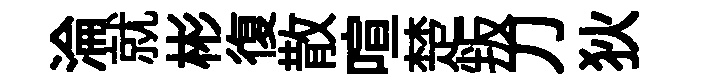
淪就彬復散喧楚叛刀狄